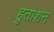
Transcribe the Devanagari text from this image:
हुताशन